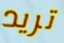
تريد